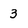
Character: 3